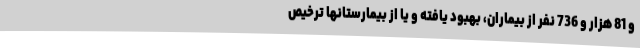
و 81 هزار و 736 نفر از بیماران، بهبود یافته و یا از بیمارستانها ترخیص